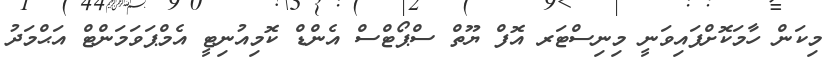
މިކަން ހާމަކޮށްފައިވަނީ މިނިސްޓަރ އޮފް ޔޫތް ސްޕޯޓްސް އެންޑް ކޮމިއުނިޓީ އެމްޕަވަމަންޓް އަޙްމަދު